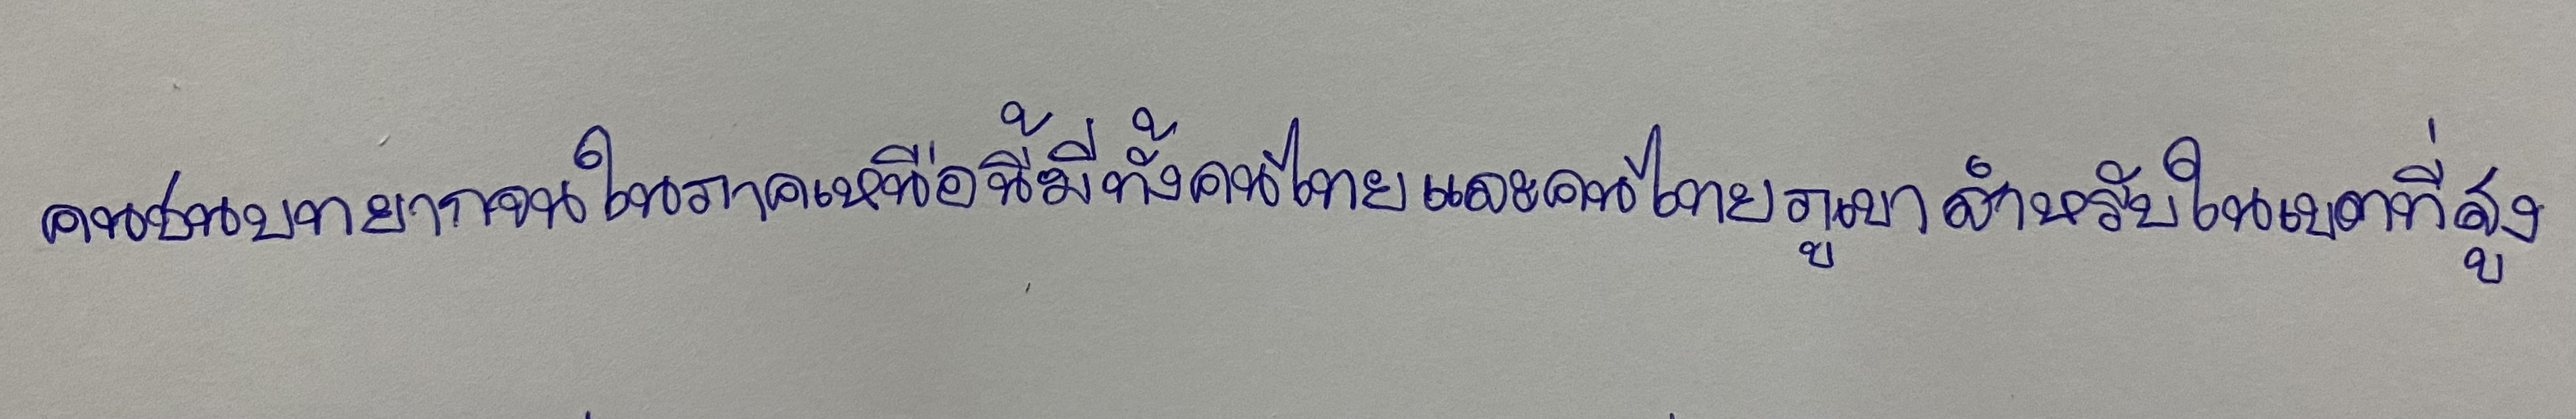
คนชนบทยากจนในภาคเหนือนี้มีทั้งคนไทยและคนไทยภูเขาสำหรับในเขตที่สูง